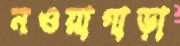
নওয়াগাড়া